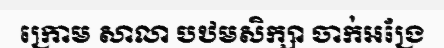
ក្រោម សាលា បឋមសិក្សា ចាក់អង្រែ